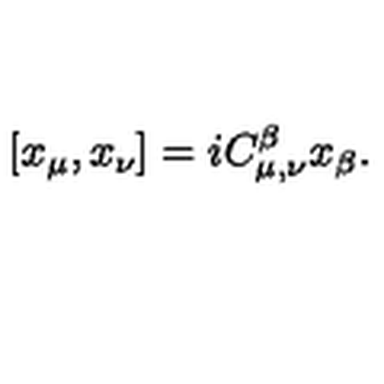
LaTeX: [ x _ { \mu } , x _ { \nu } ] = i C _ { \mu , \nu } ^ { \beta } x _ { \beta } .